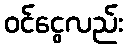
ဝင်ငွေလည်း